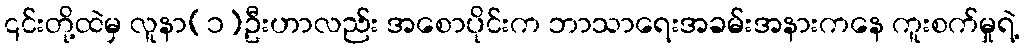
၎င်းတို့ထဲမှ လူနာ(၁)ဦးဟာလည်း အစောပိုင်းက ဘာသာရေးအခမ်းအနားကနေ ကူးစက်မှုရဲ့